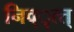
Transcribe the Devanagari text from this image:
निव्ृत्त्